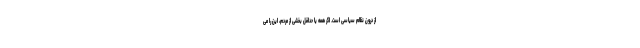
از درون نظام سیاسی است. اگر همه یا حداقل بخشی از مردم، این را می‌